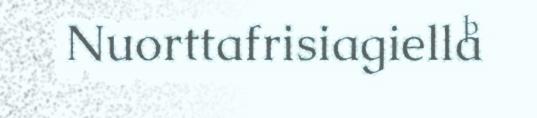
Nuorttafrisiagiella